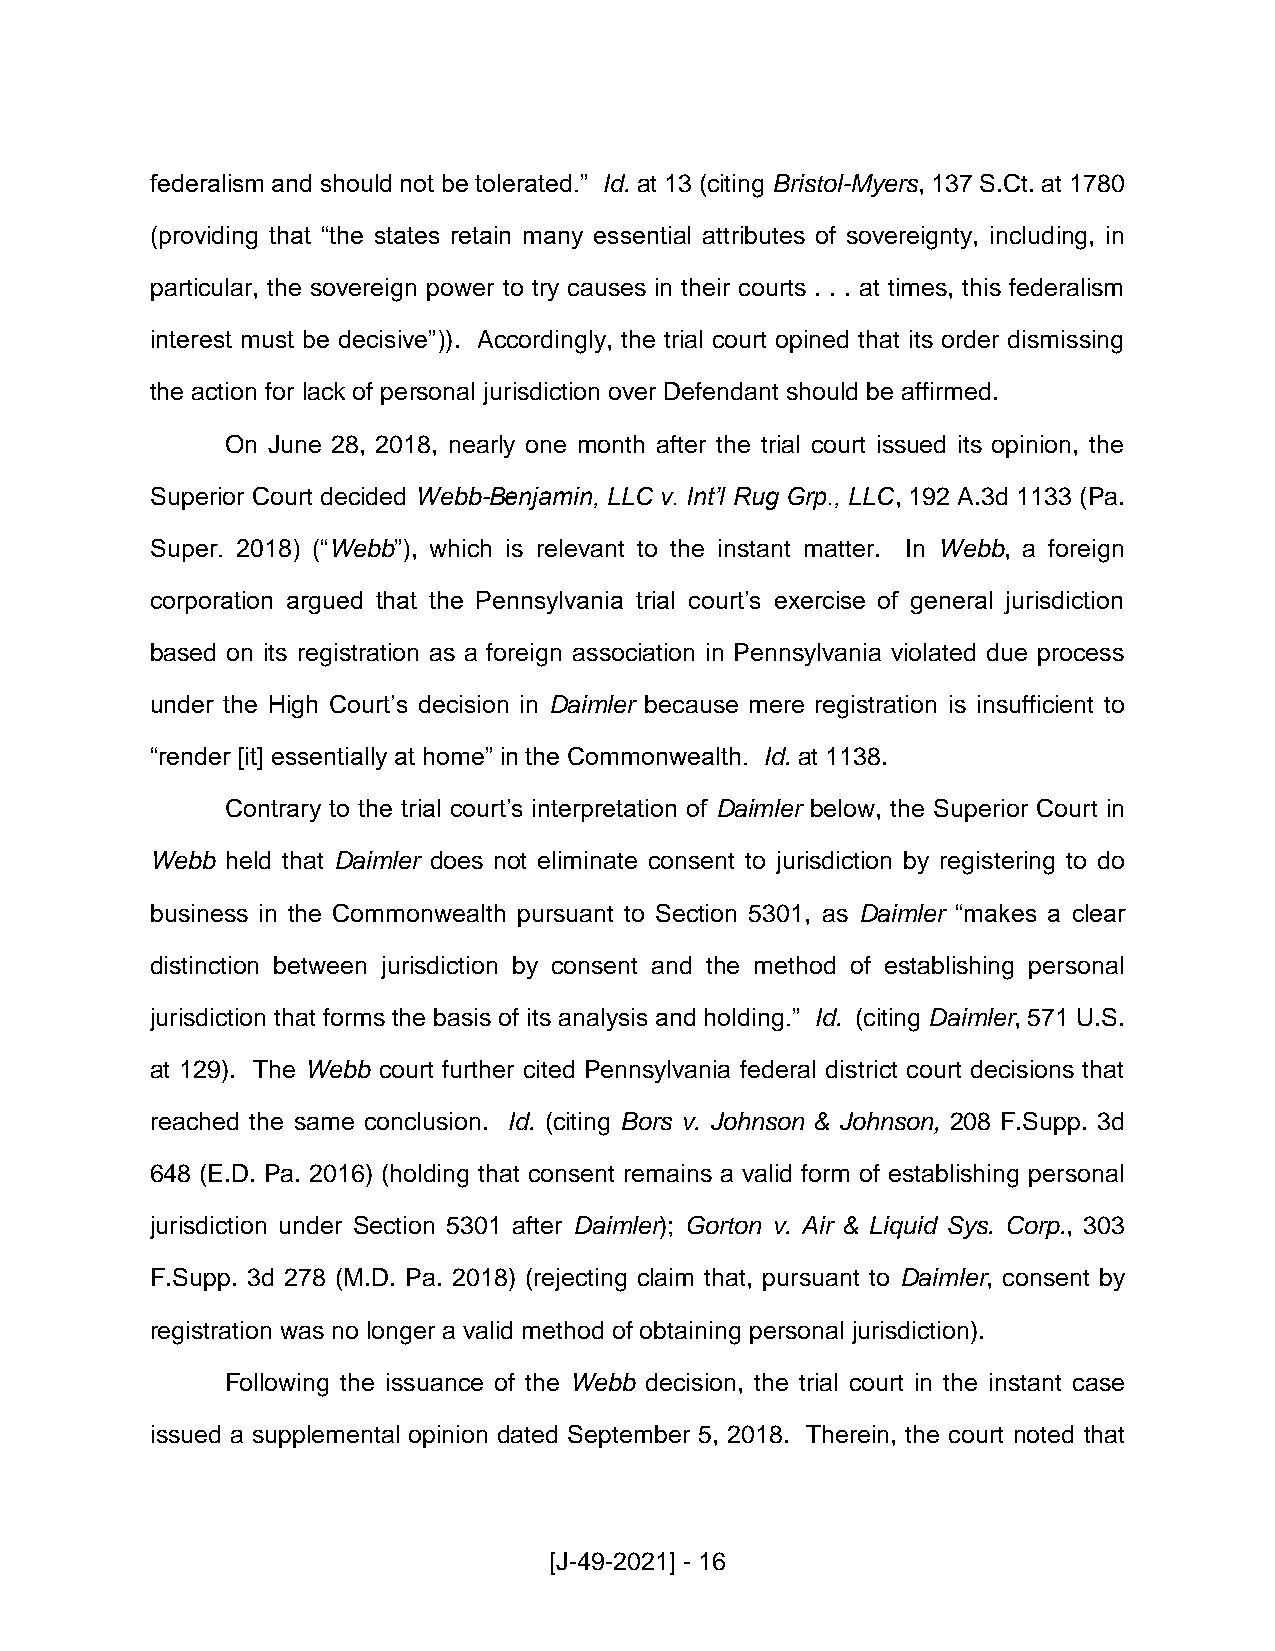
federalism and should not be tolerated.” Id. at 13 (citing Bristol-Myers, 137 S.Ct. at 1780
 (providing that “the states retain many essential attributes of sovereignty, including, in
 particular, the sovereign power to try causes in their courts . . . at times, this federalism
 interest must be decisive”)). Accordingly, the trial court opined that its order dismissing
 the action for lack of personal jurisdiction over Defendant should be affirmed.
 On June 28, 2018, nearly one month after the trial court issued its opinion, the
 Superior Court decided Webb-Benjamin, LLC v. Int’l Rug Grp., LLC, 192 A.3d 1133 (Pa.
 Super. 2018) (“Webb”), which is relevant to the instant matter. In Webb, a foreign
 corporation argued that the Pennsylvania trial court’s exercise of general jurisdiction
 based on its registration as a foreign association in Pennsylvania violated due process
 under the High Court’s decision in Daimler because mere registration is insufficient to
 “render [it] essentially at home” in the Commonwealth. Id. at 1138.
 Contrary to the trial court’s interpretation of Daimler below, the Superior Court in
 Webb held that Daimler does not eliminate consent to jurisdiction by registering to do
 business in the Commonwealth pursuant to Section 5301, as Daimler “makes a clear
 distinction between jurisdiction by consent and the method of establishing personal
 jurisdiction that forms the basis of its analysis and holding.” Id. (citing Daimler, 571 U.S.
 at 129). The Webb court further cited Pennsylvania federal district court decisions that
 reached the same conclusion. Id. (citing Bors v. Johnson & Johnson, 208 F.Supp. 3d
 648 (E.D. Pa. 2016) (holding that consent remains a valid form of establishing personal
 jurisdiction under Section 5301 after Daimler); Gorton v. Air & Liquid Sys. Corp., 303
 F.Supp. 3d 278 (M.D. Pa. 2018) (rejecting claim that, pursuant to Daimler, consent by
 registration was no longer a valid method of obtaining personal jurisdiction).
 Following the issuance of the Webb decision, the trial court in the instant case
 issued a supplemental opinion dated September 5, 2018. Therein, the court noted that
 [J-49-2021] - 16